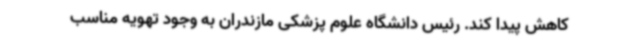
کاهش پیدا کند. رئیس دانشگاه علوم پزشکی مازندران به وجود تهویه مناسب